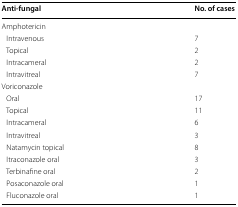
<table><thead><tr><td><b>Anti-fungal</b></td><td><b>No. of cases</b></td></tr></thead><tbody><tr><td colspan="2">Amphotericin</td></tr><tr><td> Intravenous</td><td>7</td></tr><tr><td> Topical</td><td>2</td></tr><tr><td> Intracameral</td><td>2</td></tr><tr><td> Intravitreal</td><td>7</td></tr><tr><td colspan="2">Voriconazole</td></tr><tr><td> Oral</td><td>17</td></tr><tr><td> Topical</td><td>11</td></tr><tr><td> Intracameral</td><td>6</td></tr><tr><td> Intravitreal</td><td>3</td></tr><tr><td> Natamycin topical</td><td>8</td></tr><tr><td> Itraconazole oral</td><td>3</td></tr><tr><td> Terbinafine oral</td><td>2</td></tr><tr><td> Posaconazole oral</td><td>1</td></tr><tr><td> Fluconazole oral</td><td>1</td></tr></tbody></table>